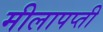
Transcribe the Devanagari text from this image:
मीलापप्ती